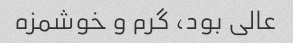
عالی بود، گرم و خوشمزه